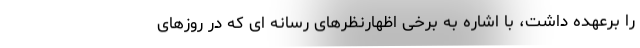
را برعهده داشت، با اشاره به برخی اظهارنظرهای رسانه ای که در روزهای